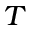
^ T